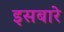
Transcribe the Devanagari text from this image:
इसबारे